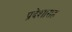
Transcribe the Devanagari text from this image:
प्रदेशासह